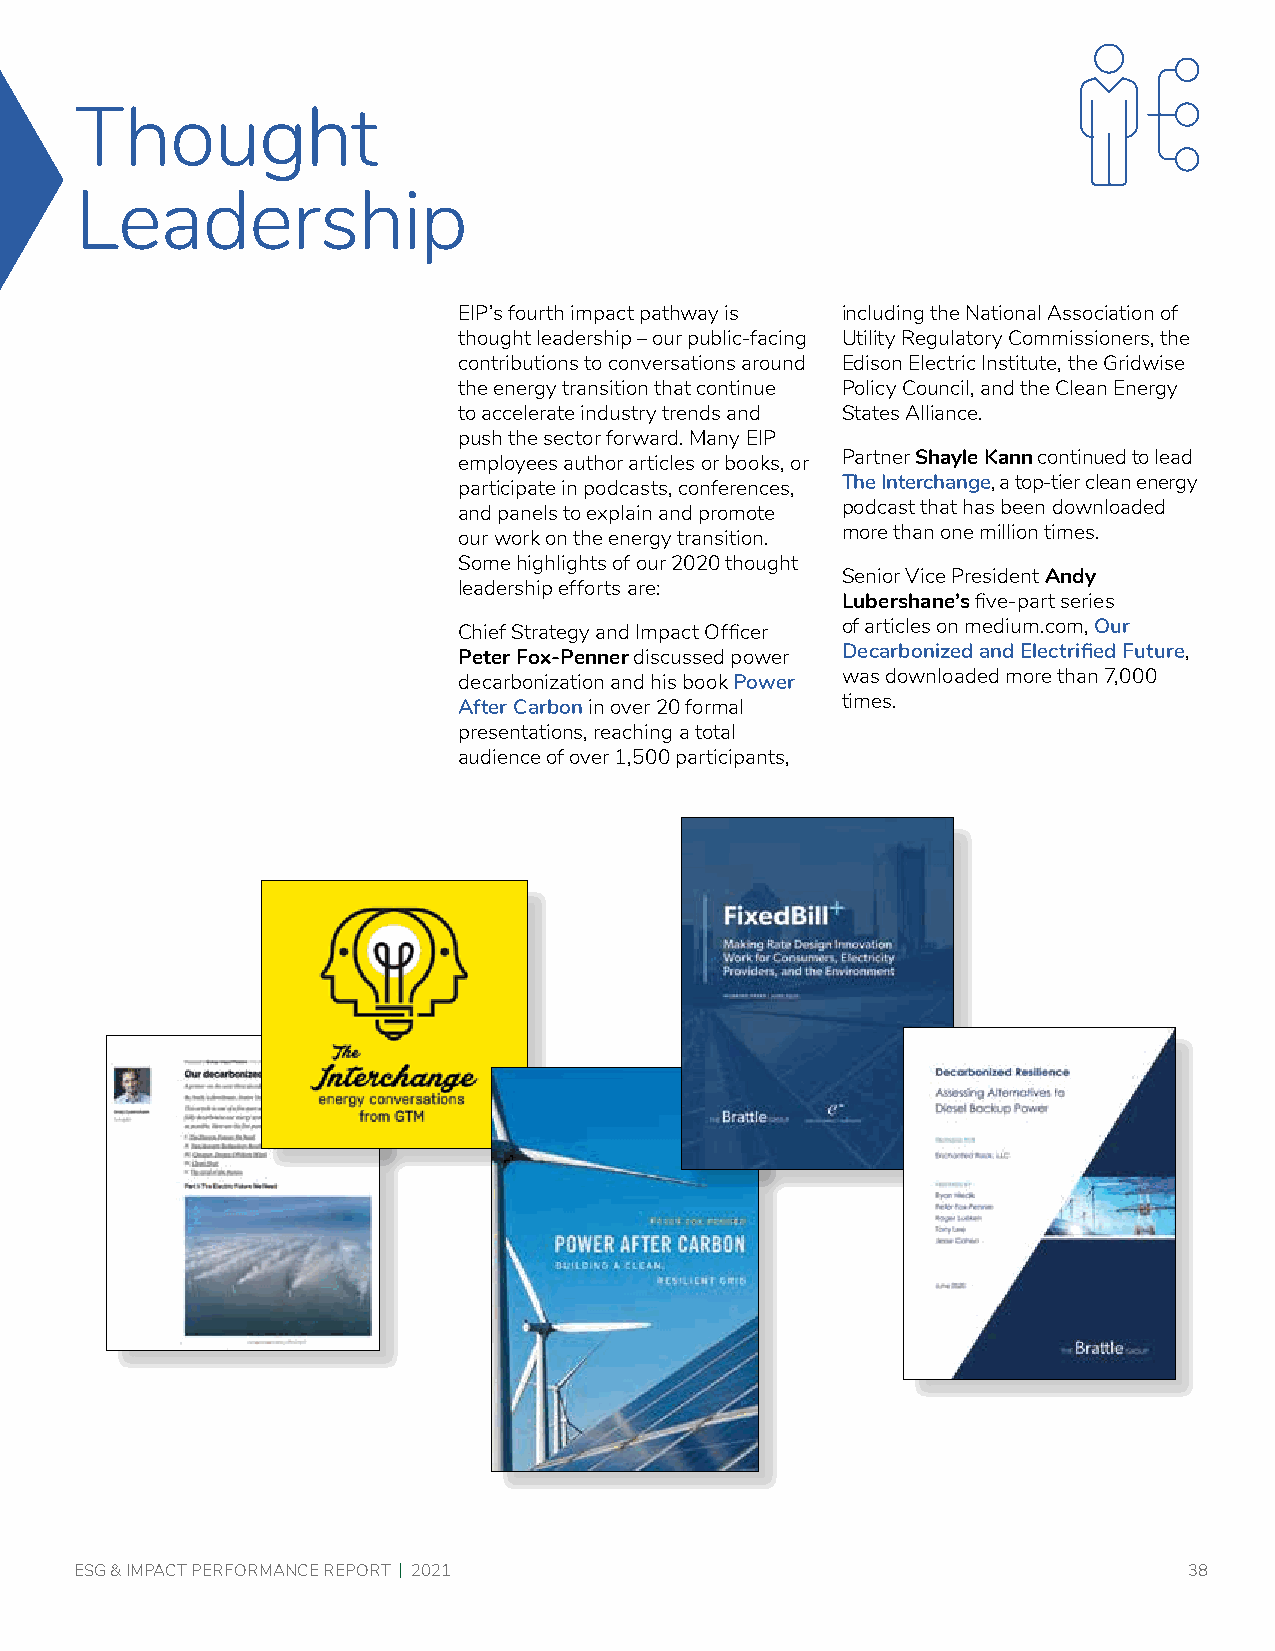
Thought
 Leadership
 EIP’s fourth impact pathway is including the National Association of
 thought leadership – our public-facing Utility Regulatory Commissioners, the
 contributions to conversations around Edison Electric Institute, the Gridwise
 the energy transition that continue Policy Council, and the Clean Energy
 to accelerate industry trends and States Alliance.
 push the sector forward. Many EIP
 employees author articles or books, or Partner Shayle Kann continued to lead
 participate in podcasts, conferences, The Interchange, a top-tier clean energy
 and panels to explain and promote podcast that has been downloaded
 our work on the energy transition. more than one million times.
 Some highlights of our 2020 thought
 Senior Vice President Andy
 leadership efforts are:
 Lubershane’s five-part series
 Chief Strategy and Impact Officer of articles on medium.com, Our
 Peter Fox-Penner discussed power Decarbonized and Electrified Future,
 decarbonization and his book Power was downloaded more than 7,000
 After Carbon in over 20 formal times.
 presentations, reaching a total
 audience of over 1,500 participants,
 ESG & IMPACT PERFORMANCE REPORT | 2021                                    38